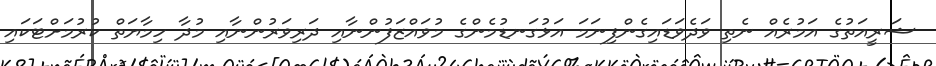
ޝަރީއަތުގެ އަމުރެއް ނެތި ވަދެވަޑައިގެންފިނަމަ އަޅުގަނޑުމެންގެ މުވައްޒަފުންނާއި ދަރިވަރުންނާއި މުދާ ހިމާޔަތް ކުރުމަށްޓަކައި